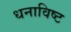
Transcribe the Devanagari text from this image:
धनाविष्ट